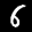
Label: 6